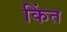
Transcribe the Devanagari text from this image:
किंत